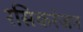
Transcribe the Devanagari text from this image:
रसिकरंजन